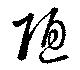
陋